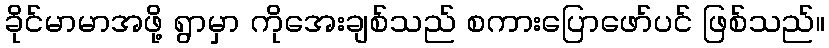
ခိုင်မာမာအဖို့ ရွာမှာ ကိုအေးချစ်သည် စကားပြောဖော်ပင် ဖြစ်သည်။